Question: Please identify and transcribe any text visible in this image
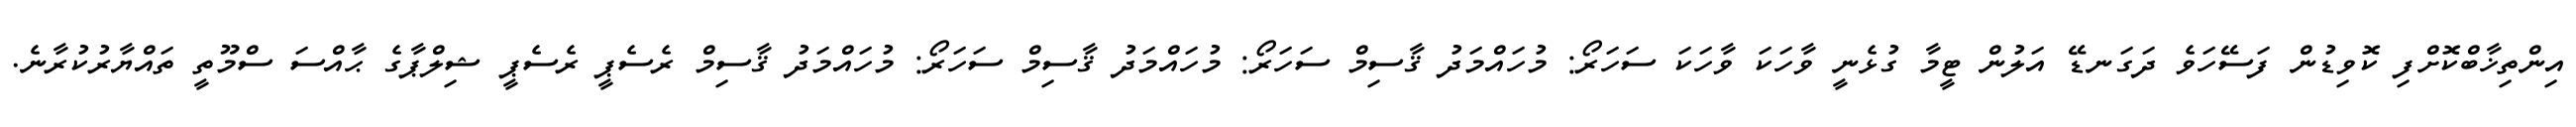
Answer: އިންތިޚާބްކޮށްފި ކޮވިޑުން ފަސޭހަވެ ދަގަނޑޭ އަލުން ޓީމާ ގުޅެނީ ވާހަކަ ވާހަކަ ސަހަރޯ: މުހައްމަދު ޤާސިމް ސަހަރޯ: މުހައްމަދު ޤާސިމް ސަހަރޯ: މުހައްމަދު ޤާސިމް ރެސެޕީ ރެސެޕީ ޝިލްޕާގެ ޙާއްސަ ސްމޫތީ ތައްޔާރުކުރާނެ.